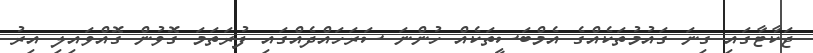
ޖަކާޓާގައި ގިނަ ގައުމުތަކެއްގެ އެމްބަސީތަކެއް ހުންނަ ސަރަހައްދެއްގައި ފުރަތަމަ ގޮވުން ގޮއްވައިލި އިރު